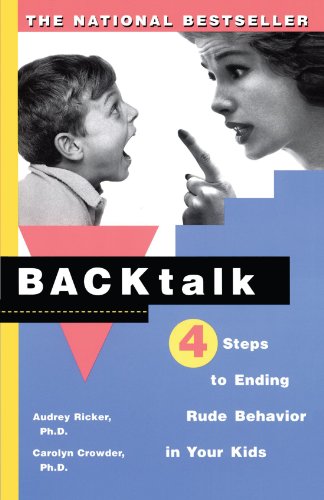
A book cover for Backtalk: 4 Steps to Ending Rude Behavior in Your Kids; Audrey Ricker; Parenting & Relationships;